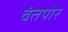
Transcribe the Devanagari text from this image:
वंतपोर